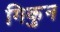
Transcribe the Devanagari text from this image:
गिकुन